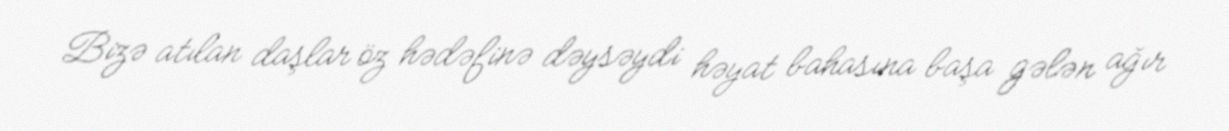
Bizə atılan daşlar öz hədəfinə dəysəydi həyat bahasına başa gələn ağır